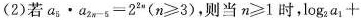
(2)若$$a _ { 5 } \cdot a _ { 2 n - 5 } = 2 ^ { 2 n }$$($$n ≥ 3$$)，则当$$n ≥ 1$$时，$$log _ { 2 } a _ { 1 } +